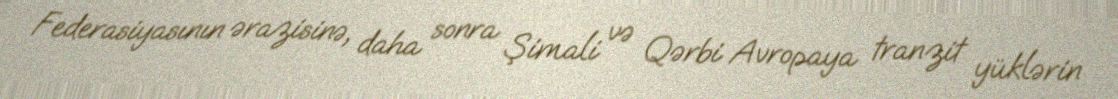
Federasiyasının ərazisinə, daha sonra Şimali və Qərbi Avropaya tranzit yüklərin